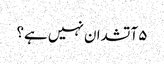
۵ آتشدان نہیں ہے؟